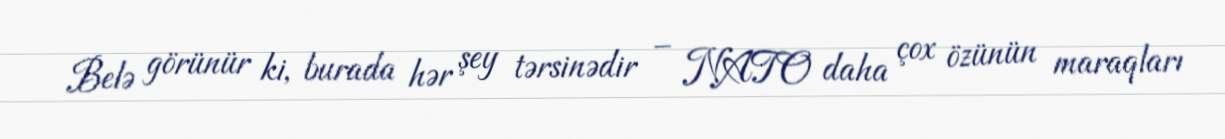
Belə görünür ki, burada hər şey tərsinədir – NATO daha çox özünün maraqları